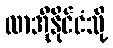
လာအိုနိုင်ငံသို့